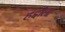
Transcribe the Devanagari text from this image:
हद्दीला